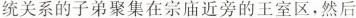
统关系的子弟聚集在宗庙近旁的王室区，然后